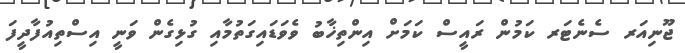
ޖޫނިއަރ ސެނެޓަރ ކަމުން ރައީސް ކަމަށް އިންތިޚާބު ވެވަޑައިގަތުމާއި ގުޅިގެން ވަނީ އިސްތިއުފާދީފަ